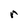
Character: r